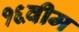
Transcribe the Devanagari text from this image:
१६वीम